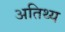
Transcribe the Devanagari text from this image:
अतिथ्य